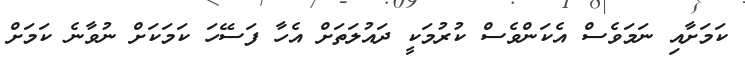
ކަމަށާއި ނަމަވެސް އެކަންވެސް ކުރުމަކީ ދައުލަތަށް އެހާ ފަސޭހަ ކަމަކަށް ނުވާނެ ކަމަށް